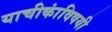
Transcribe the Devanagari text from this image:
याचीकांविषयी